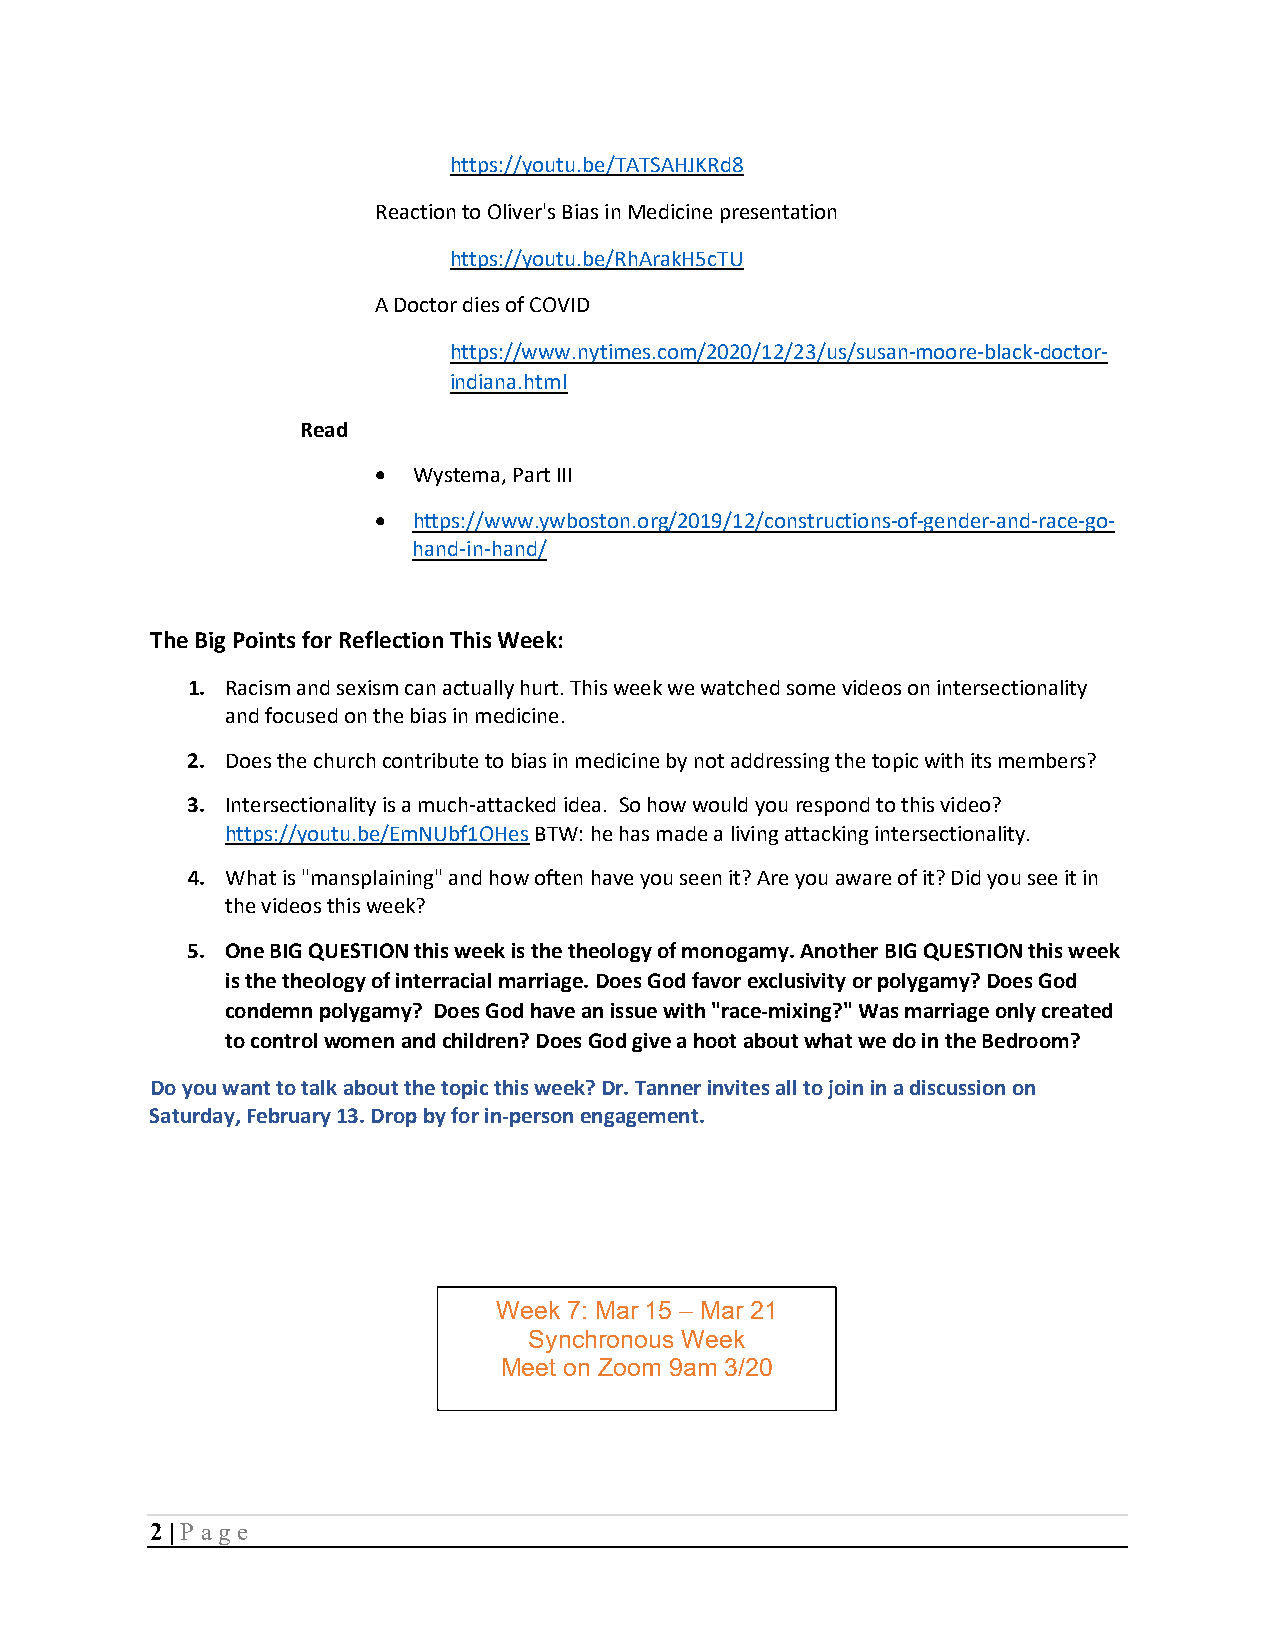
https://youtu.be/TATSAHJKRd8
 Reaction to Oliver's Bias in Medicine presentation
 https://youtu.be/RhArakH5cTU
 A Doctor dies of COVID
 https://www.nytimes.com/2020/12/23/us/susan-moore-black-doctor-
 indiana.html
 Read
 • Wystema, Part III
 • https://www.ywboston.org/2019/12/constructions-of-gender-and-race-go-
 hand-in-hand/
 The Big Points for Reflection This Week:
 1. Racism and sexism can actually hurt. This week we watched some videos on intersectionality
 and focused on the bias in medicine.
 2. Does the church contribute to bias in medicine by not addressing the topic with its members?
 3. Intersectionality is a much-attacked idea. So how would you respond to this video?
 https://youtu.be/EmNUbf1OHes BTW: he has made a living attacking intersectionality.
 4. What is "mansplaining" and how often have you seen it? Are you aware of it? Did you see it in
 the videos this week?
 5. One BIG QUESTION this week is the theology of monogamy. Another BIG QUESTION this week
 is the theology of interracial marriage. Does God favor exclusivity or polygamy? Does God
 condemn polygamy? Does God have an issue with "race-mixing?" Was marriage only created
 to control women and children? Does God give a hoot about what we do in the Bedroom?
 Do you want to talk about the topic this week? Dr. Tanner invites all to join in a discussion on
 Saturday, February 13. Drop by for in-person engagement.
 Week 7: Mar 15 – Mar 21
 Synchronous Week
 Meet on Zoom 9am 3/20
 2 | P age